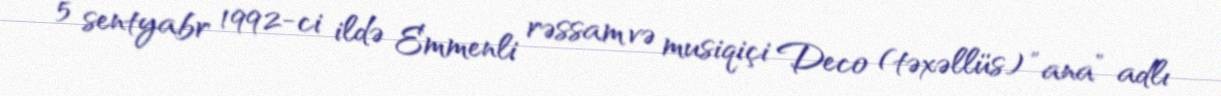
5 sentyabr 1992-ci ildə Emmenli rəssam və musiqiçi Deco (təxəllüs) ”ana” adlı